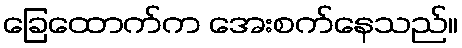
ခြေထောက်က အေးစက်နေသည်။